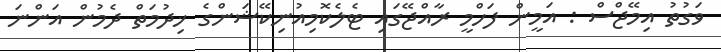
ވަގުތު އިމޭޖްސް : އަމީން ފަހްމީ ރާއްޖޭގައި ޓެލެކޮމިއުނިކޭޝަންގެ ޚިދުމަތް ދެމުން އަންނަ